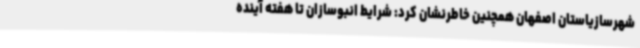
شهرسازیاستان اصفهان همچنین خاطرنشان کرد: شرایط انبوسازان تا هفته آینده